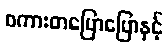
စကားတပြောပြောနှင့်